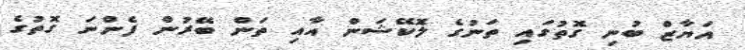
އަޔާޒް ބުނި ގޮތުގައި ތަނުގެ ލޮކޭޝަން އާއި ތަން ބޭރުން ފެންނަ ގޮތުގެ